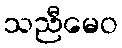
သညီမေဝ